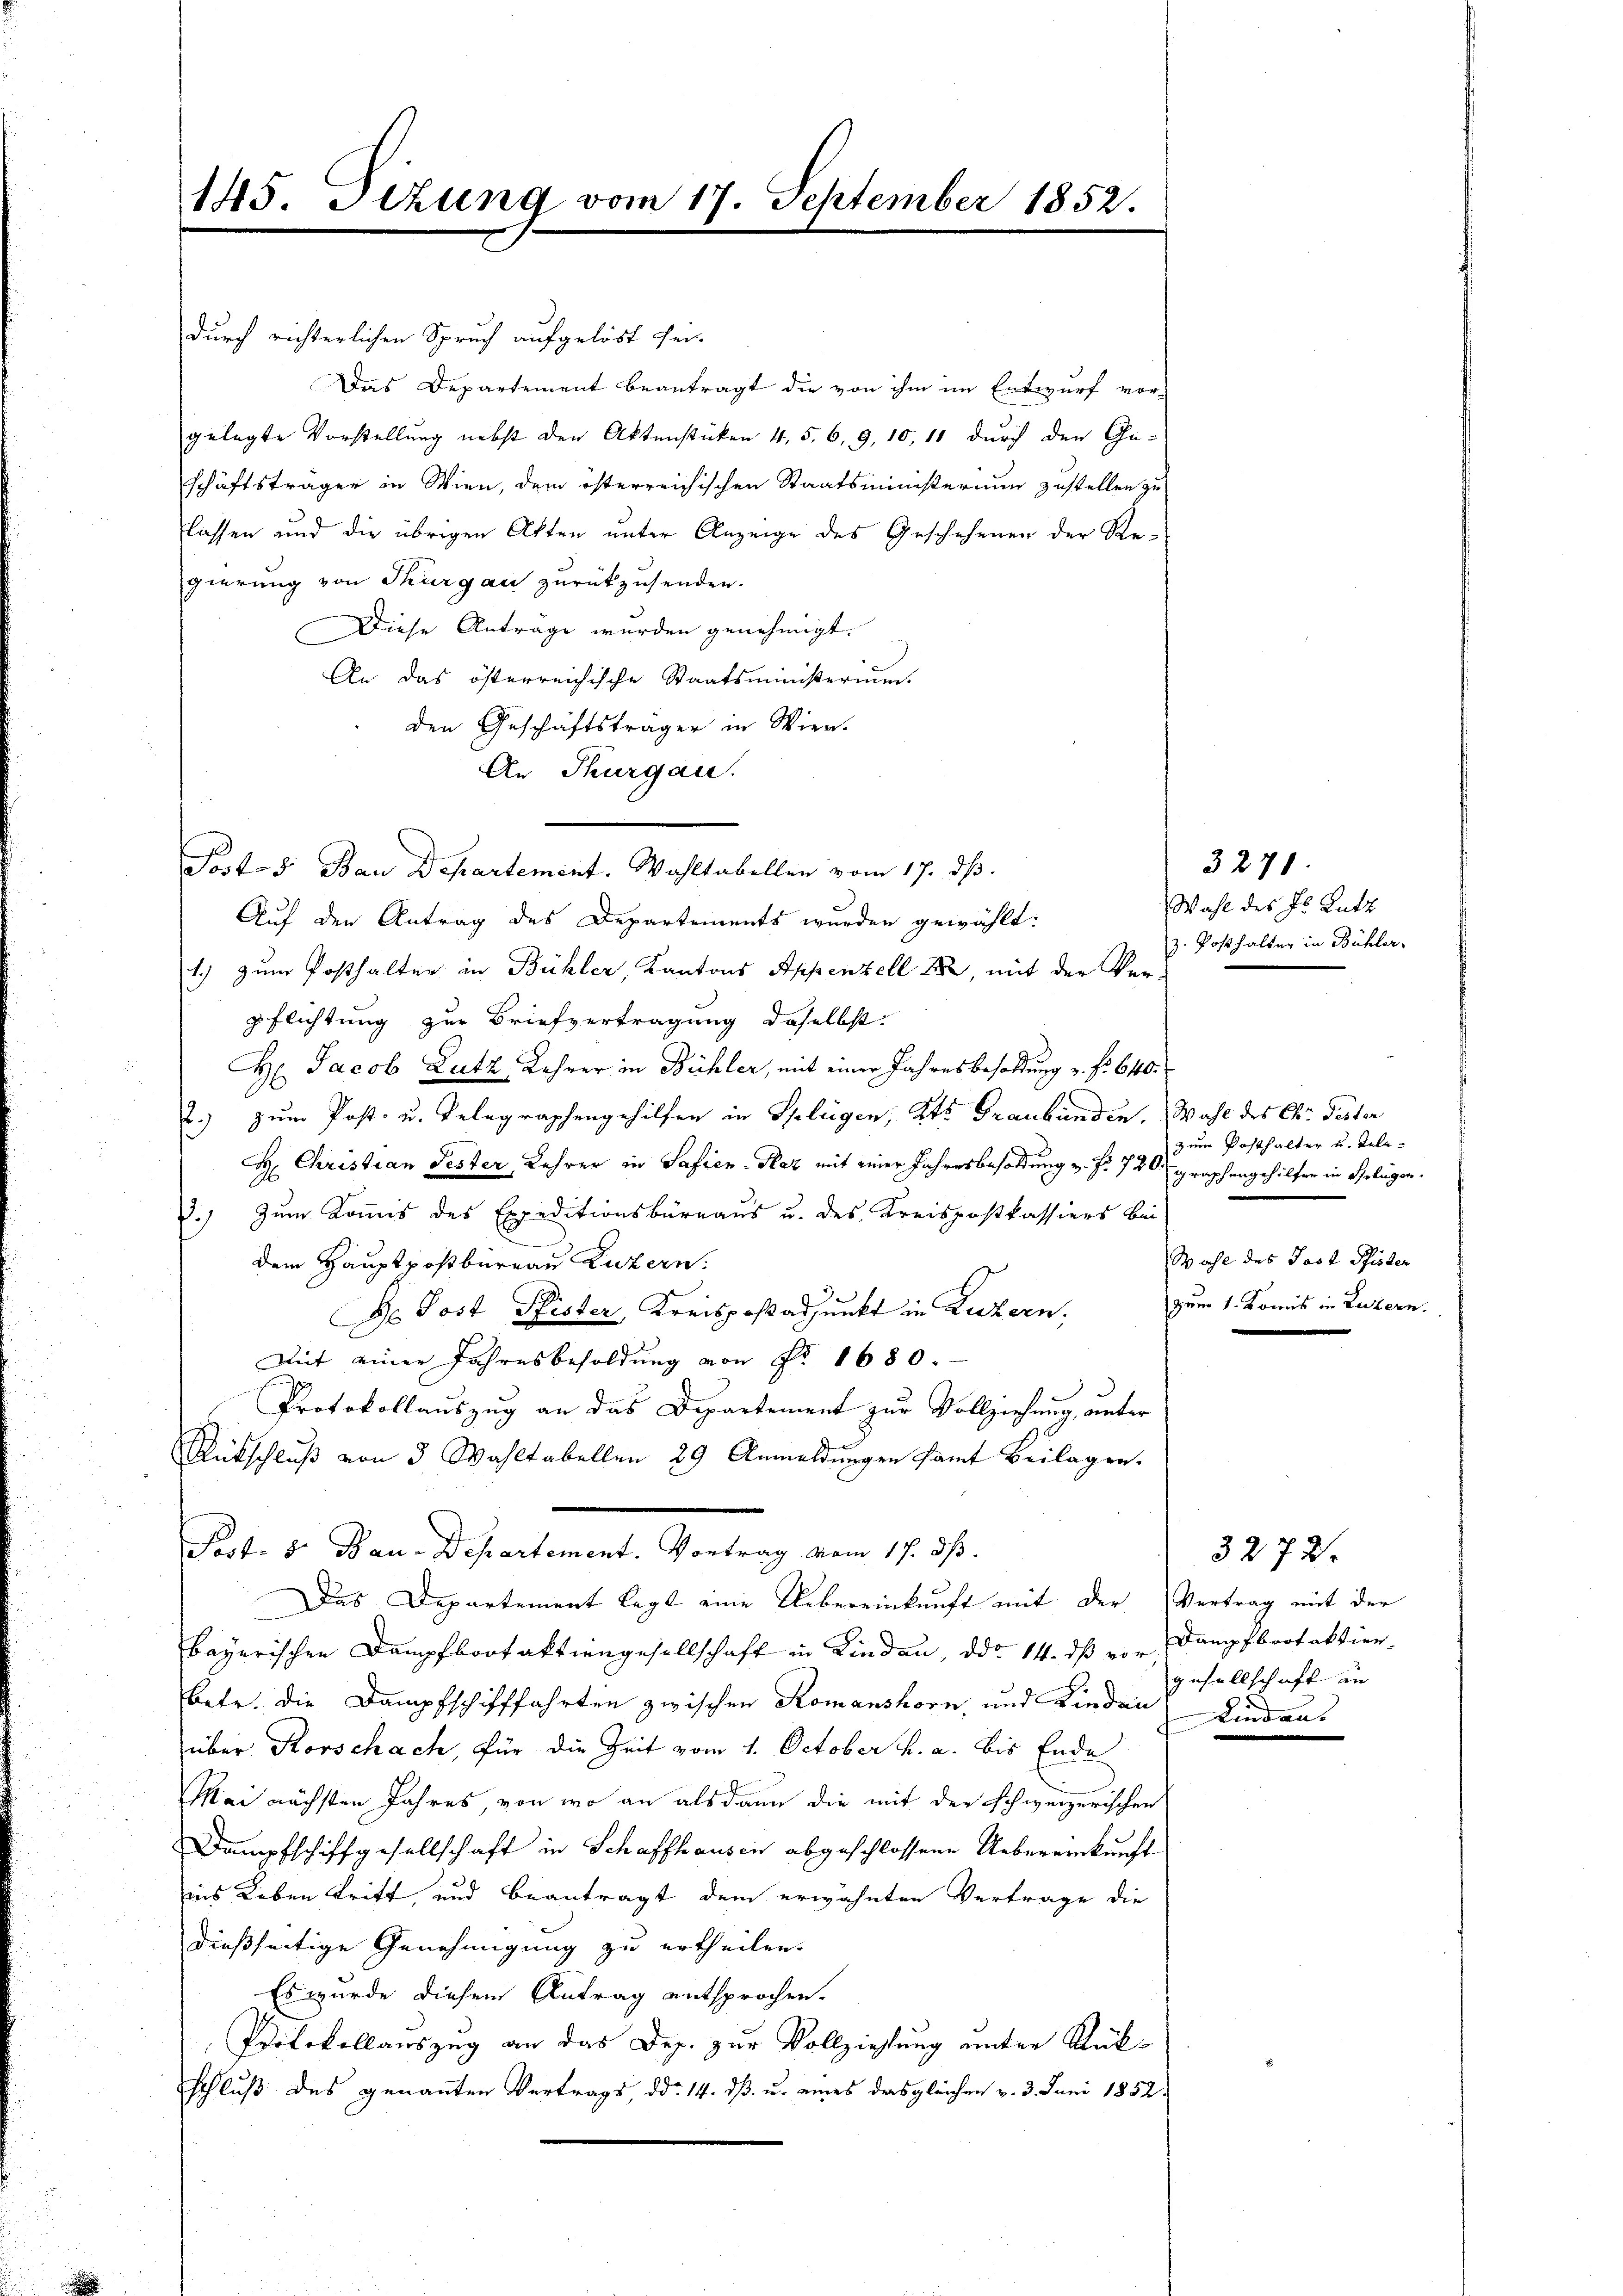
durch richterlichen Spruch aufgelöst sei-
Das Departement beantragt die von ihm im Entwurf vor-
gelegte Vorstellung nebst der Aktenstücken 4, 5, 6, 9, 10, 10 durch den Ge-
schäftsträger in Wien, dem österreichischen Staatsministerium zustellen zu
lassen und die übrigen Akten unter Anzeige des Geschehenen der Re-
gierung von Thurgau zurückzusenden.
Diese Antrage wurden genehmigt.
An das österreichische Staatsministerium.
den Geschäftsträger in Wien.
An Thurgau.
Auf den Antrag des Departements wurden gewählt:
1) zum Posthalter in Bühler, Kantons Appenzell 1882, mit der Ver-
pflichtung zur Briefvertragung daselbst.
H Jacob Lutz, Lehrer in Bühler, mit einer Jahresbesoldung u. fr. 640.
.) zum Post- u. Telegraphengehilfen in Splügen, Kts Graubünden. Wahl des Chr. Pester
H: Christian Jester, Lehrer in Safien-Haz mit einer Jahresbesoldung v. fr. 720 graphengehilfen in Splügen.
13.) Zum Kommis des Expeditionsbüreaus u. des Kreispostkassiers bei
Dem Hauptpostbureau Luzern.
De Post Pfister, Kreisposadjunkt in Luzern,
Mit einer Jahresbesoldung von No. 1680.
Protokollauszug an das Departement zur Vollziehung, unter
Rückschluß von 3 Wahltabellen 29 Anmeldungen samt Beilagen.
Port. 5. Bau-Departement. Vortrag am 17. ds.
Das Departement legt eine Uebereinkunft mit der Vertrag mit der
bayerischen Dampfbootaktiengesellschaft in Kinden, ddo 14. ds von Dampfbootaktier
betr. die Dampfschifffahrten zwischen Romanshorn, und Kinden Lindauüber Korschach, für die Zeit vom 1. October h. a. bis Ende
Mai nächsten Jahres von wo an als dann die mit der schweizerischen
Dampfschiffgesellschaft in Schaffhausen abgeschlossene Uebereinkunft
ins Leben trift und beantragt dem erwähnten Vertrage die
dießseitige Genehmigung zu ertheilen.
Es wurde diesem Antrag entsprochen.
Protokollauszug an das Dep. zur Vollziehung unter Rükschluß des genannten Vertrags, ddo 14. dß u. eines das gleichen v. 3. Juni 1852.

145. Sitzung vom 17. September 1852.

Sost- 8. Bau Departement. Wahltabellen vom 17. ds.

Wahl des Hs. Rutt
z. Posthalter in Bühler.

zum Posthalter u. Tele¬
Wahl des Jost Pfister
zum 1. Komis in Luzern.
e

3271.

gesellschaft in

3272.